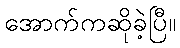
အောက်ကဆိုခဲ့ပြီ။